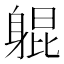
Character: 𬧨